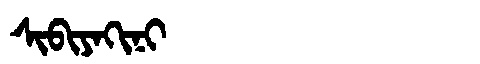
Manchu: ᠰᡳᠪᡳᠶᠠᡴᡳᠨᡳ
Romanization: SIBIYAKINI